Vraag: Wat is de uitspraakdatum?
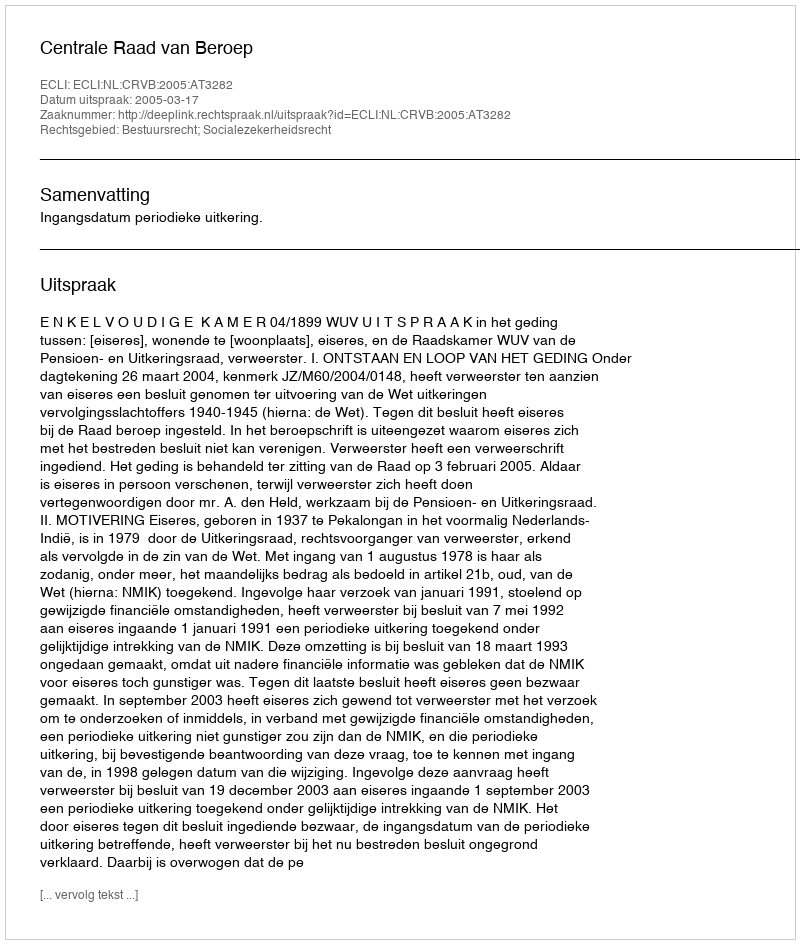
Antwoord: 2005-03-17